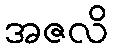
အဇလိ